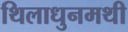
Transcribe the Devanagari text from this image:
थिलाधुनमथी